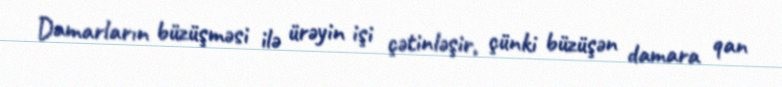
Damarların büzüşməsi ilə ürəyin işi çətinləşir, çünki büzüşən damara qan